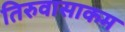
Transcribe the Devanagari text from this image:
तिरुवासाकम